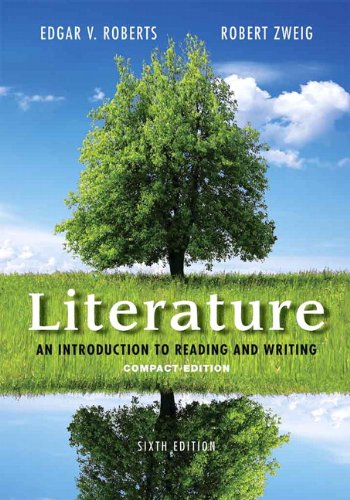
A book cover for Literature: An Introduction to Reading and Writing, Compact Edition (6th Edition); Edgar V. Roberts; Literature & Fiction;